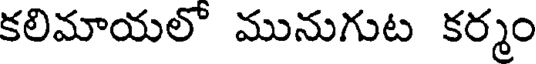
కలిమాయలొ మునుగుట కర్మం